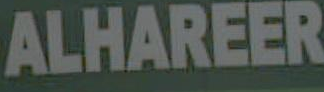
ALHAREER